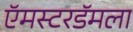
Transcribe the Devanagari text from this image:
ऍमस्टरडॅमला